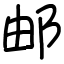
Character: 邮